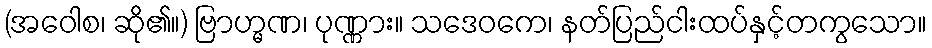
(အဝေါစ၊ ဆို၏။) ဗြာဟ္မဏ၊ ပုဏ္ဏား။ သဒေဝကေ၊ နတ်ပြည်ငါးထပ်နှင့်တကွသော။